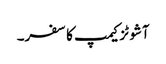
آشوٹزکیمپ کا سفر۔